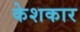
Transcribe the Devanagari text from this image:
केशकार